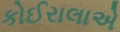
કોઈરાલાએ